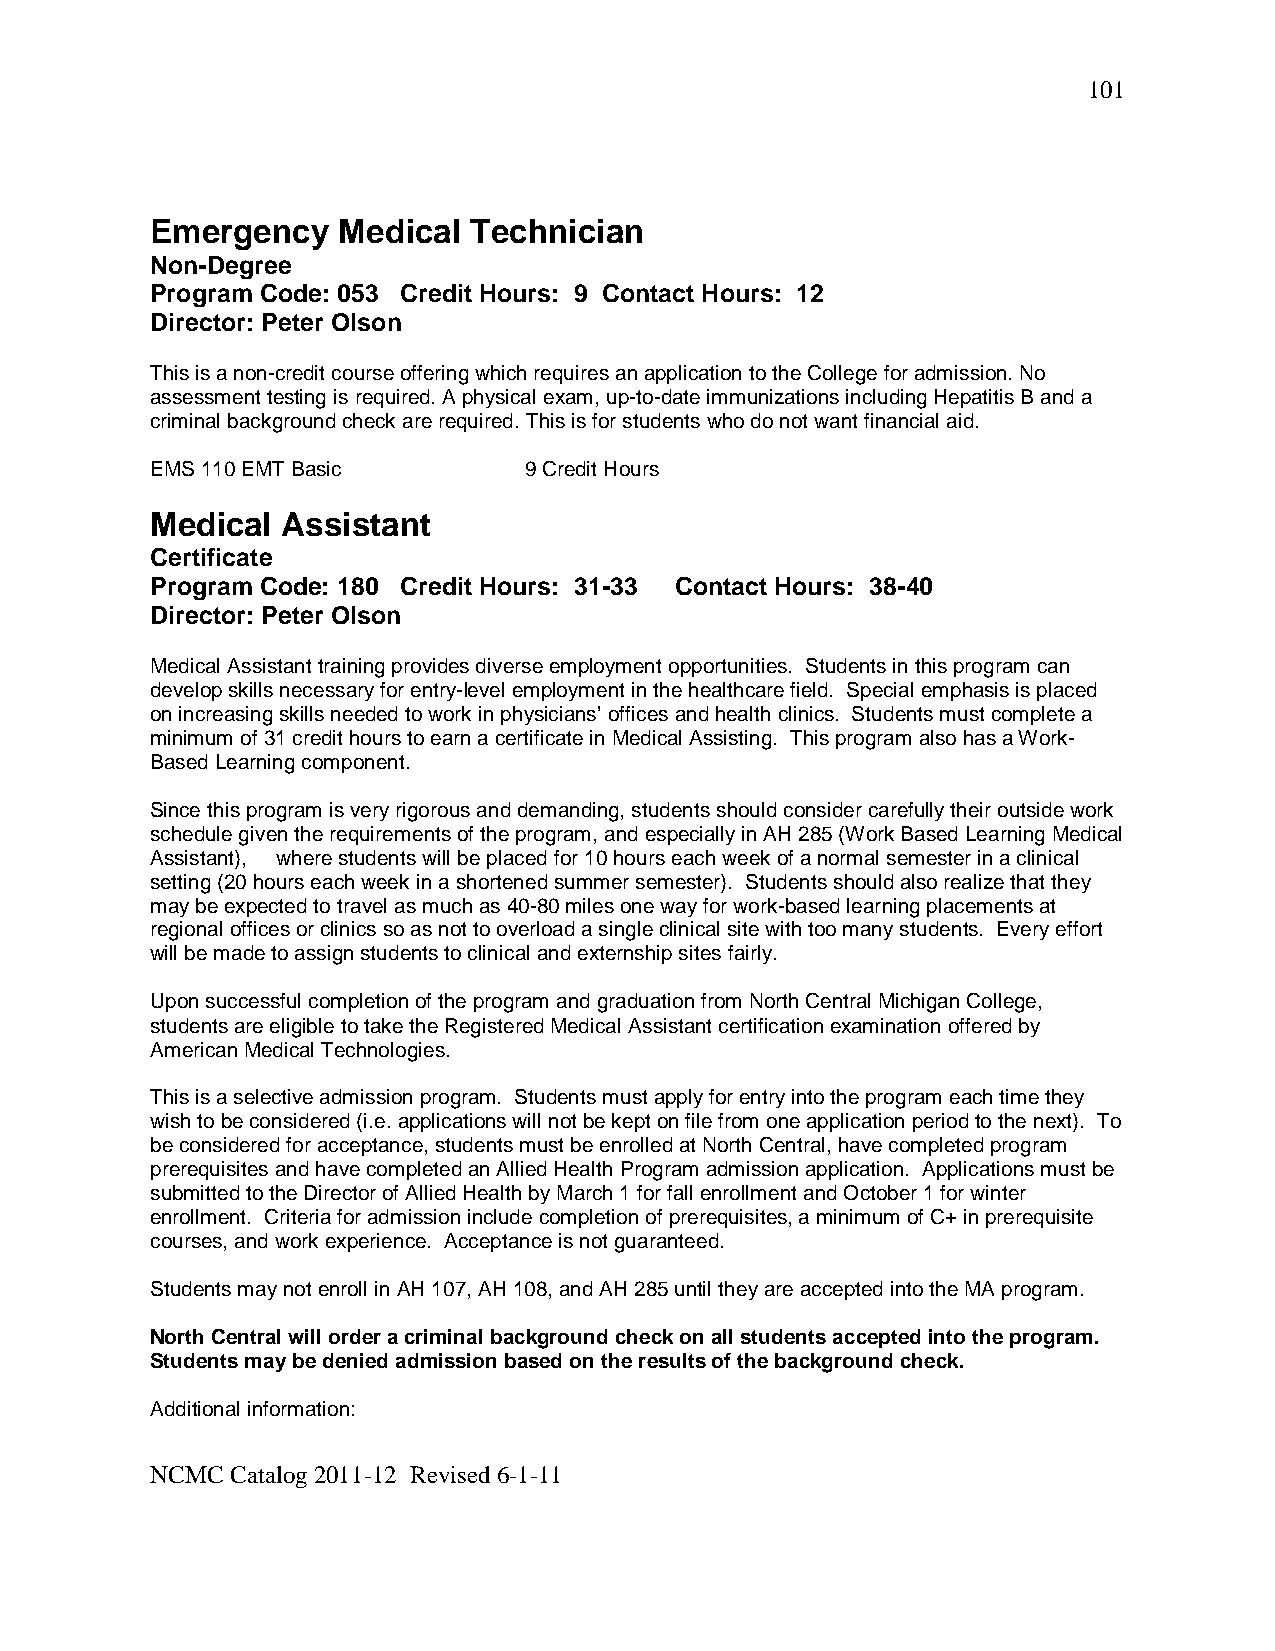
101
 Emergency   Medical  Technician
 Non-Degree
 Program Code: 053 Credit Hours: 9 Contact Hours: 12
 Director: Peter Olson
 This is a non-credit course offering which requires an application to the College for admission. No
 assessment testing is required. A physical exam, up-to-date immunizations including Hepatitis B and a
 criminal background check are required. This is for students who do not want financial aid.
 EMS 110 EMT Basic        9 Credit Hours
 Medical  Assistant
 Certificate
 Program Code: 180 Credit Hours: 31-33 Contact Hours: 38-40
 Director: Peter Olson
 Medical Assistant training provides diverse employment opportunities. Students in this program can
 develop skills necessary for entry-level employment in the healthcare field. Special emphasis is placed
 on increasing skills needed to work in physicians’ offices and health clinics. Students must complete a
 minimum of 31 credit hours to earn a certificate in Medical Assisting. This program also has a Work-
 Based Learning component.
 Since this program is very rigorous and demanding, students should consider carefully their outside work
 schedule given the requirements of the program, and especially in AH 285 (Work Based Learning Medical
 Assistant), where students will be placed for 10 hours each week of a normal semester in a clinical
 setting (20 hours each week in a shortened summer semester). Students should also realize that they
 may be expected to travel as much as 40-80 miles one way for work-based learning placements at
 regional offices or clinics so as not to overload a single clinical site with too many students. Every effort
 will be made to assign students to clinical and externship sites fairly.
 Upon successful completion of the program and graduation from North Central Michigan College,
 students are eligible to take the Registered Medical Assistant certification examination offered by
 American Medical Technologies.
 This is a selective admission program. Students must apply for entry into the program each time they
 wish to be considered (i.e. applications will not be kept on file from one application period to the next). To
 be considered for acceptance, students must be enrolled at North Central, have completed program
 prerequisites and have completed an Allied Health Program admission application. Applications must be
 submitted to the Director of Allied Health by March 1 for fall enrollment and October 1 for winter
 enrollment. Criteria for admission include completion of prerequisites, a minimum of C+ in prerequisite
 courses, and work experience. Acceptance is not guaranteed.
 Students may not enroll in AH 107, AH 108, and AH 285 until they are accepted into the MA program.
 North Central will order a criminal background check on all students accepted into the program.
 Students may be denied admission based on the results of the background check.
 Additional information:
 NCMC Catalog 2011-12 Revised 6-1-11